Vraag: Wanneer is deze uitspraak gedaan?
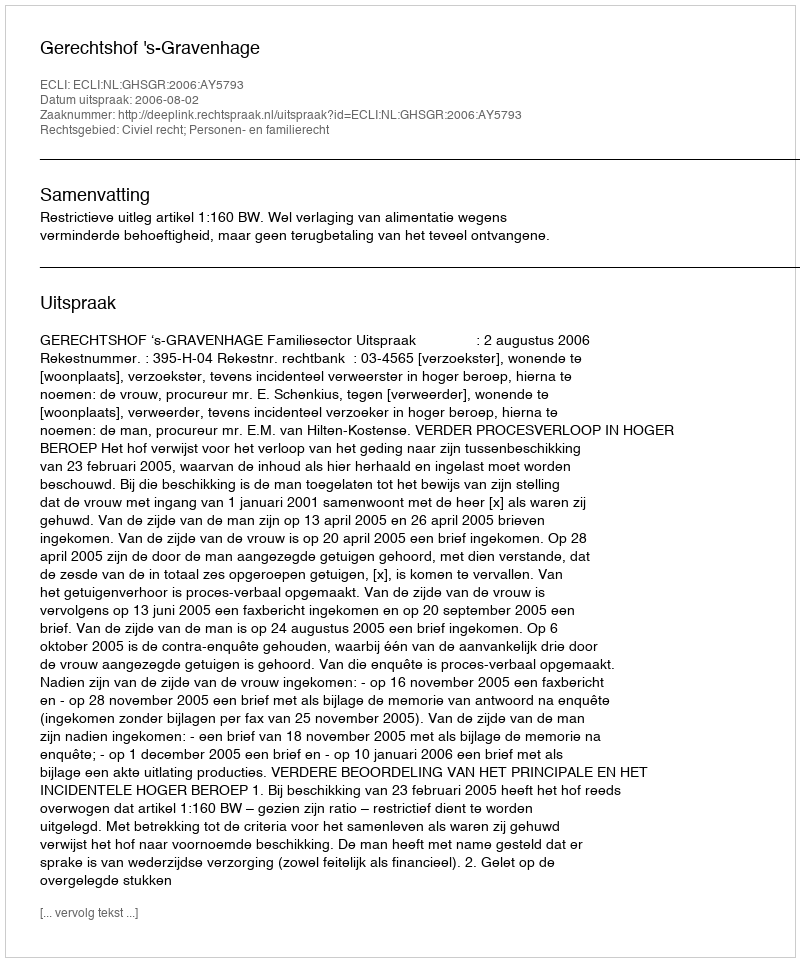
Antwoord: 2006-08-02